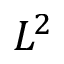
L ^ { 2 }